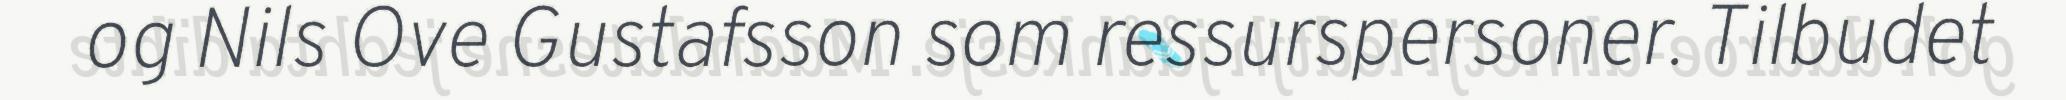
og Nils Ove Gustafsson som ressurspersoner. Tilbudet